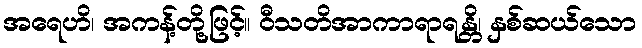
အရေဟိ၊ အကန့်တို့ဖြင့်။ ဝီသတိအာကာရာရန္တိ၊ နှစ်ဆယ်သော